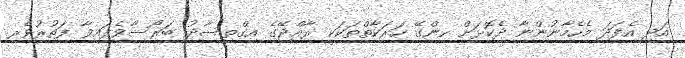
އަދި އެފަދަ މެހެމާނުންނާ ދެކޮޅަށް ހިންގޭ ހަރަކާތްތަކަކީ ރާއްޖޭގެ އިގްތިސާދު ބަރޯސާވެފައިވާ ފަތުރުވެރި